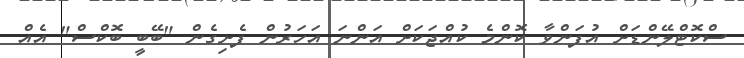
ސްކޮޓްލޭންޑަށް އުފަންވާ ކޮންމެ ކުއްޖަކަށް އަންނަ އަހަރުން ފެށިގެން "ބޭބީ ބޮކްސް" އެއް